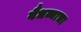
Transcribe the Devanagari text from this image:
वैधव्याचा